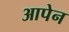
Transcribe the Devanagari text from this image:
आपेन